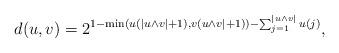
LaTeX: \begin{align*} d(u,v) = 2^{1- \min(u(|u \wedge v|+1), v(u \wedge v|+1))- \sum_{j=1}^{|u \wedge v|} u(j)},\end{align*}